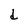
Character: d